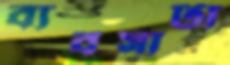
ব্যবসাটা